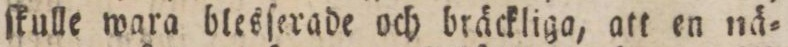
ſkulle wara blesſerade och bräckliga, att en nä=